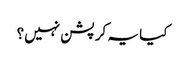
کیا یہ کرپشن نہیں؟